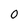
Character: 0